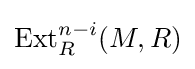
\operatorname {Ext} _{R}^{n-i}(M,R)